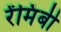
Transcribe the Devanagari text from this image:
रेंमिंबी